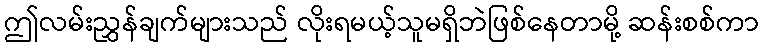
ဤလမ်းညွှန်ချက်များသည် လိုးရမယ့်သူမရှိဘဲဖြစ်နေတာမို့ ဆန်းစစ်ကာ